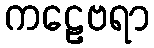
ကဠေဗရာ